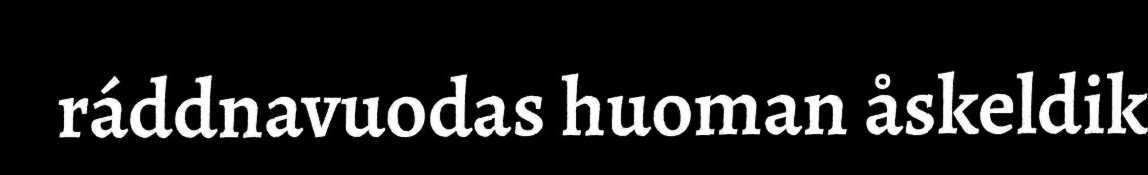
ráddnavuodas huoman åskeldik